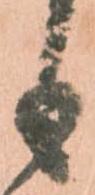
も